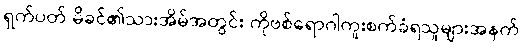
ရှက်ပတ် မိခင်၏သားအိမ်အတွင်း ကိုဗစ်ရောဂါကူးစက်ခံရသူများအနက်